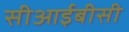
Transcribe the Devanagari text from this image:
सीआईबीसी